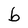
Character: b